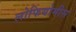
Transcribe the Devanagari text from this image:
लोफियोमीस